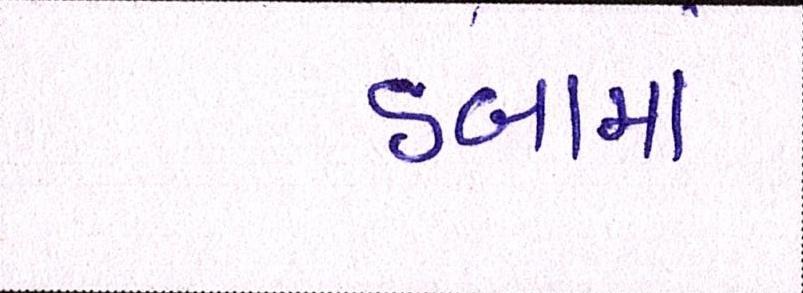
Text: ડબામાં